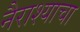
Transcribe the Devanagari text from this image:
नैराश्याचा